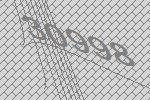
30998